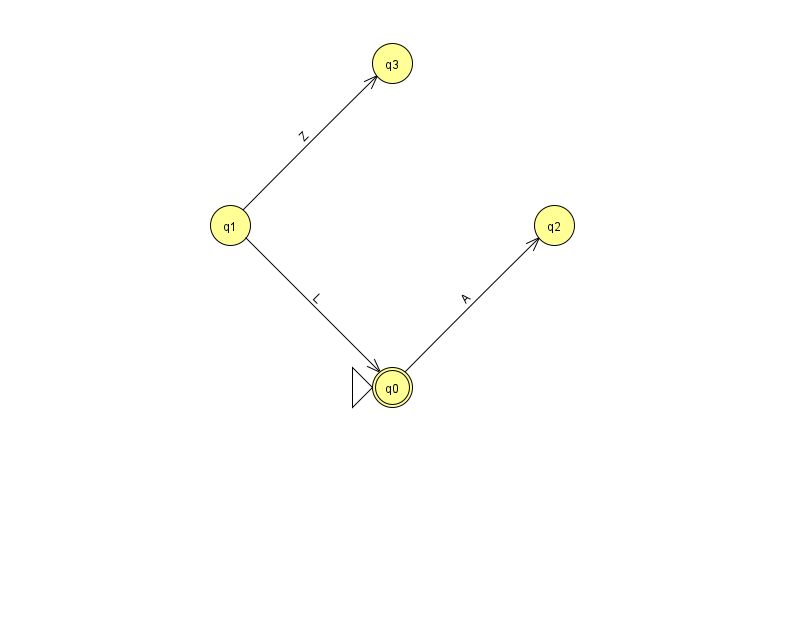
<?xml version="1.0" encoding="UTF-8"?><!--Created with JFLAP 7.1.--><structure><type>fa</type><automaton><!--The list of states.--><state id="0" name="q0"><x>392.0</x><y>374.0</y><initial/><final/></state><state id="1" name="q1"><x>230.0</x><y>212.0</y></state><state id="2" name="q2"><x>554.0</x><y>212.0</y></state><state id="3" name="q3"><x>392.0</x><y>50.0</y></state><!--The list of transitions.--><transition><from>0</from><to>2</to><read>A</read></transition><transition><from>1</from><to>0</to><read>L</read></transition><transition><from>1</from><to>3</to><read>Z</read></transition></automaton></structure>